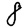
Digit: 8